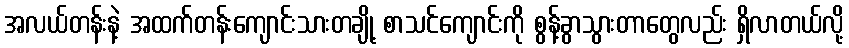
အလယ်တန်းနဲ့ အထက်တန်းကျောင်းသားတချို့ စာသင်ကျောင်းကို စွန့်ခွာသွားတာတွေလည်း ရှိလာတယ်လို့